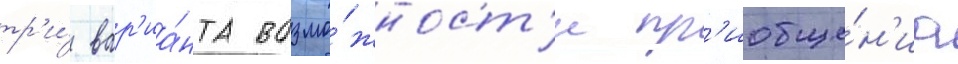
тр'и́ вар'иа́нта возмо́жност'и пр'иобще́н'иа